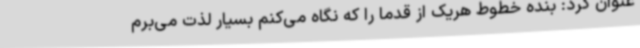
عنوان کرد: بنده خطوط هریک از قدما را که نگاه می‌کنم بسیار لذت می‌برم